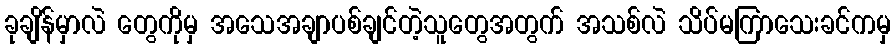
ခုချိန်မှာလဲ တွေကိုမှ အသေအချာပစ်ချင်တဲ့သူတွေအတွက် အသစ်လဲ သိပ်မကြာသေးခင်ကမှ